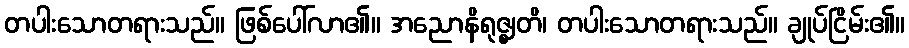
တပါးသောတရားသည်။ ဖြစ်ပေါ်လာ၏။ အညောနိရုဇ္ဈတိ၊ တပါးသောတရားသည်။ ချုပ်ငြိမ်း၏။